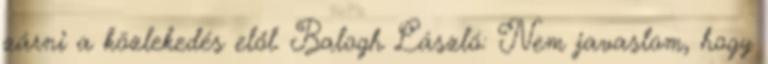
zárni a közlekedés elől. Balogh László: Nem javaslom, hogy